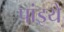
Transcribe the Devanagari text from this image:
पांइये